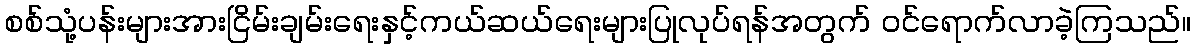
စစ်သုံ့ပန်းများအားငြိမ်းချမ်းရေးနှင့်ကယ်ဆယ်ရေးများပြုလုပ်ရန်အတွက် ဝင်ရောက်လာခဲ့ကြသည်။